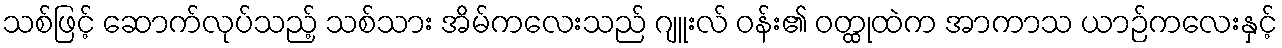
သစ်ဖြင့် ဆောက်လုပ်သည့် သစ်သား အိမ်ကလေးသည် ဂျူးလ် ဝန်း၏ ဝတ္ထုထဲက အာကာသ ယာဉ်ကလေးနှင့်